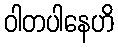
ဝါတပါနေဟိ